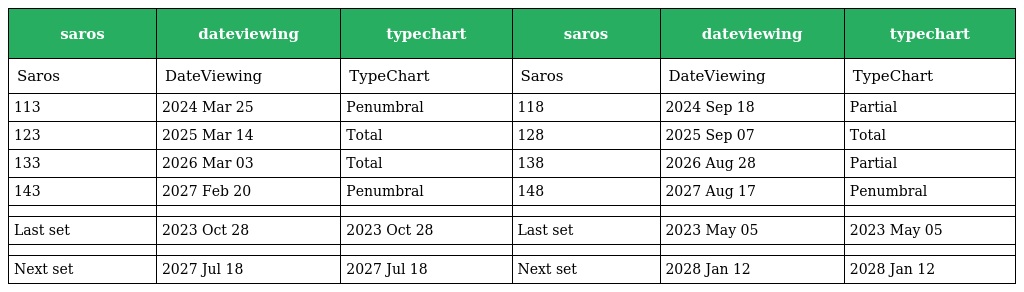
| saros | dateviewing | typechart | saros | dateviewing | typechart |
 | --- | --- | --- | --- | --- | --- |
 | Saros | DateViewing | TypeChart | Saros | DateViewing | TypeChart |
 | 113 | 2024 Mar 25 | Penumbral | 118 | 2024 Sep 18 | Partial |
 | 123 | 2025 Mar 14 | Total | 128 | 2025 Sep 07 | Total |
 | 133 | 2026 Mar 03 | Total | 138 | 2026 Aug 28 | Partial |
 | 143 | 2027 Feb 20 | Penumbral | 148 | 2027 Aug 17 | Penumbral |
 |  |  |  |  |  |  |
 | Last set | 2023 Oct 28 | 2023 Oct 28 | Last set | 2023 May 05 | 2023 May 05 |
 |  |  |  |  |  |  |
 | Next set | 2027 Jul 18 | 2027 Jul 18 | Next set | 2028 Jan 12 | 2028 Jan 12 |